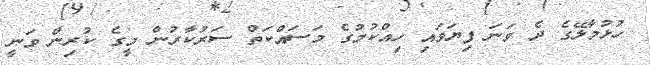
ހުޅުމާލޭގެ ދެ ވަނަ ފިޔަވައި ހިއްކުމުގެ މަސައްކަތް ސަރުކާރުން މީގެ ކުރިން ވަނީ